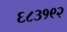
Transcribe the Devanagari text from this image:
६८३१९२